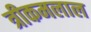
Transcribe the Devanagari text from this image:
त्रीकमलाल